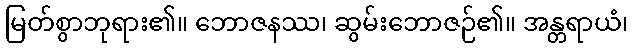
မြတ်စွာဘုရား၏။ ဘောဇနဿ၊ ဆွမ်းဘောဇဉ်၏။ အန္တရာယံ၊